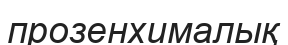
прозенхималық